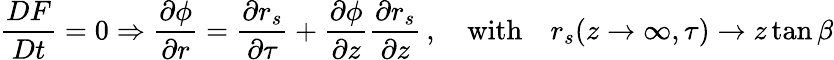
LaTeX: \frac{DF}{Dt}=0\Rightarrow\frac{\partial\phi}{\partial r}=\frac{\partial r_{s}}{\partial\tau}+\frac{\partial\phi}{\partial z}\frac{\partial r_{s}}{\partial z}\, ,\quad\mathrm{with}\quad r_{s}(z\rightarrow\infty,\tau)\rightarrow z\tan\beta